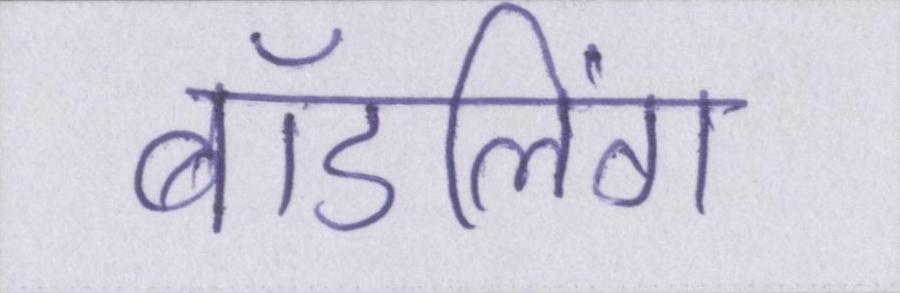
बॉडलिंग